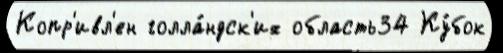
Копр'ивл'ен голла́ндск'их область34 Ку́бок